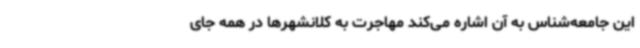
این جامعه‌شناس به آن اشاره می‌کند مهاجرت به کلانشهرها در همه جای